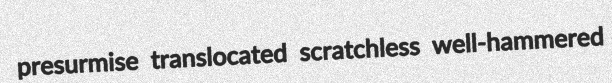
presurmise translocated scratchless well-hammered